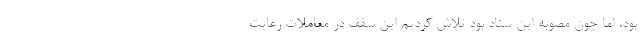
بود، اما چون مصوبه این ستاد بود تلاش کردیم این سقف در معاملات رعایت